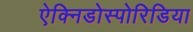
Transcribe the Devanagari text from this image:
ऐक्निडोस्पोरिडिया